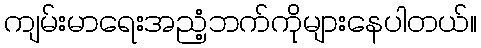
ကျမ်းမာရေးအညံ့ဘက်ကိုများနေပါတယ်။